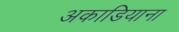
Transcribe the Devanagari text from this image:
अकाडियाना